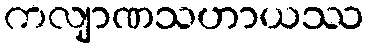
ကလျာဏသဟာယဿ